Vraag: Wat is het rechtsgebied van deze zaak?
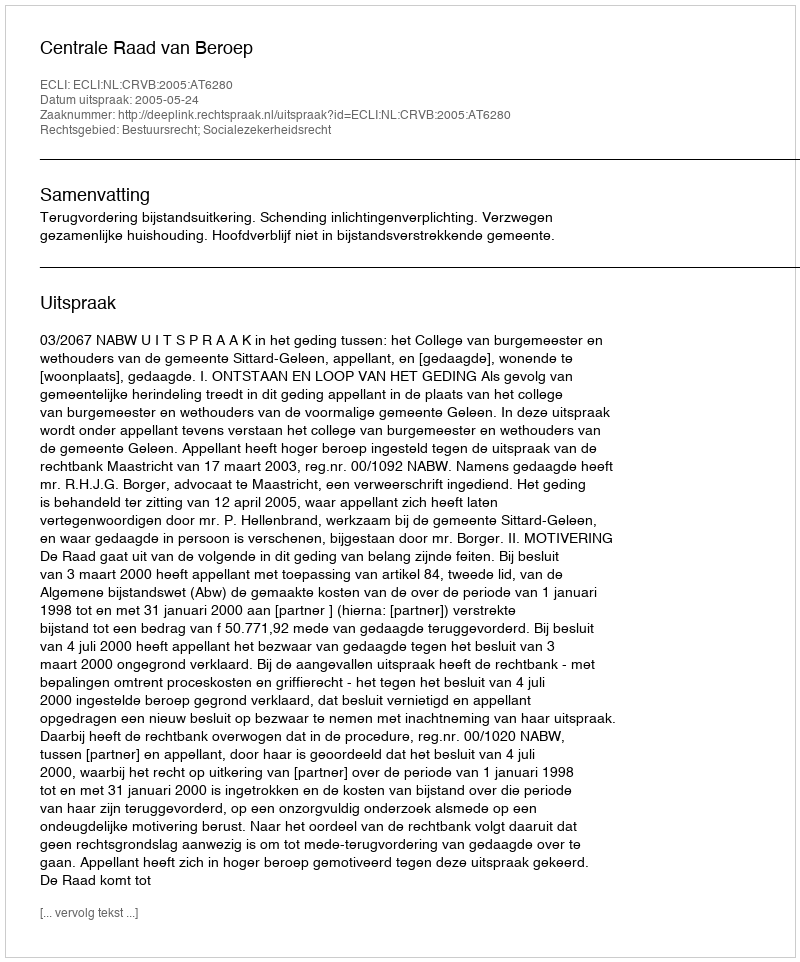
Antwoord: Bestuursrecht; Socialezekerheidsrecht